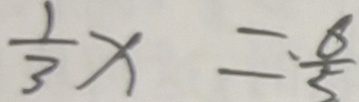
\frac { 1 } { 3 } x = \cdot \frac { 6 } { 5 }